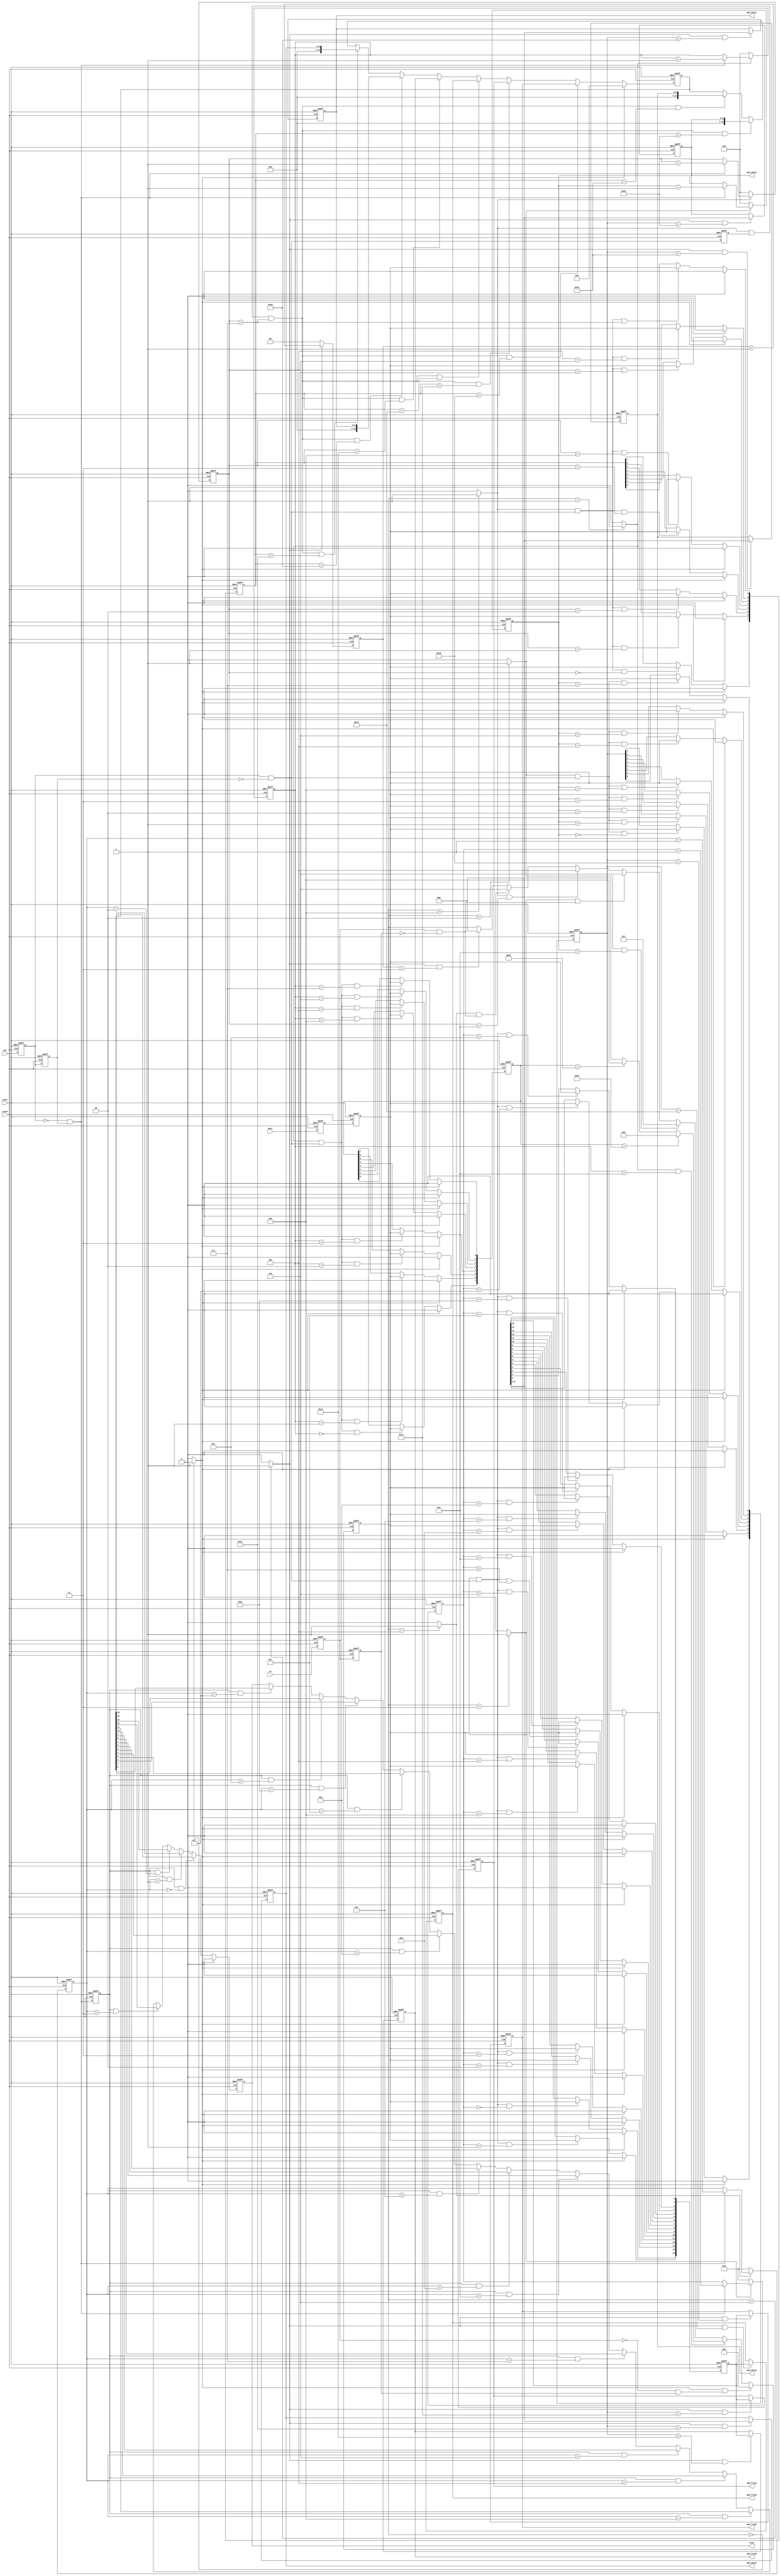
`timescale 1ns / 1ps
//////////////////////////////////////////////////////////////////////////////////
// Company:
// Engineer:
//
// Design Name:
// Module Name: spi_slave
// Project Name:
// Target Devices:
// Tool Versions:
// Description:
//
// Dependencies:
//
// Revision:
// Revision 0.01 - File Created
// Additional Comments:
//
//////////////////////////////////////////////////////////////////////////////////

`define		rPWM_FREQ1		8'h10
`define		rPWM_FREQ2		8'h11
`define		rPWM_FREQ3		8'h12
`define		rPWM_FREQ4		8'h13

`define		rPWM_DUTY1		8'h20
`define		rPWM_DUTY2		8'h21
`define		rPWM_DUTY3		8'h22
`define		rPWM_DUTY4		8'h23

module spi_slave
  (
   reset     ,
   clock     ,
   ss        ,
   sck       ,
   mosi      ,
   miso      ,

   pwm_freq1 ,
   pwm_freq2 ,
   pwm_freq3 ,
   pwm_freq4 ,
   pwm_duty1 ,
   pwm_duty2 ,
   pwm_duty3 ,
   pwm_duty4
   );

   input		reset ;
   input		clock ;
   input		ss    ;
   input		sck   ;
   input		mosi  ;
   output		miso  ;
   output [15:0]	pwm_freq1, pwm_freq2, pwm_freq3, pwm_freq4 ;
   output [6:0]		pwm_duty1, pwm_duty2, pwm_duty3, pwm_duty4 ;

   parameter		CHIP_IDW   = 8'h64 ;
   parameter		CHIP_IDR   = 8'h65 ;

   // -------------------------------------------------------------
   // 1) define state
   parameter		IDLE      = 3'd0 ;
   parameter		SLAVEID   = 3'd1 ;
   parameter		WADDR     = 3'd2 ;
   parameter		WDATA	  = 3'd3 ;
   parameter		RADDR     = 3'd4 ;
   parameter		RDATA     = 3'd5 ;
   parameter		DONE      = 3'd6 ;

   // -------------------------------------------------------------
   // 2) state flag
   reg [2:0]		s_state;
   wire			s_idle     = (s_state == IDLE    ) ? 1'b1 : 1'b0;
   wire			s_slaveid  = (s_state == SLAVEID ) ? 1'b1 : 1'b0;
   wire			s_waddr    = (s_state == WADDR   ) ? 1'b1 : 1'b0;
   wire			s_wdata    = (s_state == WDATA   ) ? 1'b1 : 1'b0;
   wire			s_raddr    = (s_state == RADDR   ) ? 1'b1 : 1'b0;
   wire			s_rdata    = (s_state == RDATA   ) ? 1'b1 : 1'b0;
   wire			s_done     = (s_state == DONE    ) ? 1'b1 : 1'b0;

   // -------------------------------------------------------------
   // 3) code implementation
   reg			ss_1d, ss_2d ;
   wire			ss_pedge =  ss_1d & ~ss_2d;
   wire			ss_nedge = ~ss_1d &  ss_2d;
   always @(posedge clock or negedge reset)
     begin
	if(!reset)	begin
	   ss_1d <= 1'b0;
	   ss_2d <= 1'b0;
	end
	else	begin
	   ss_1d <= ss;
	   ss_2d <= ss_1d ;
	end
     end

   reg		sck_1d, sck_2d ;
   wire		sck_pedge =  sck_1d & ~sck_2d;
   wire		sck_nedge = ~sck_1d &  sck_2d;
   always @(posedge clock or negedge reset)
     begin
	if(!reset)	begin
	   sck_1d <= 1'b0;
	   sck_2d <= 1'b0;
	end
	else	begin
	   sck_1d <= sck;
	   sck_2d <= sck_1d ;
	end
     end

   reg		mosi_1d, mosi_2d;
   always @(posedge clock or negedge reset)
     begin
	if(!reset)	begin
	   mosi_1d <= 1'b0;
	   mosi_2d <= 1'b0;
	end
	else	begin
	   mosi_1d <= mosi;
	   mosi_2d <= mosi_1d ;
	end
     end

   reg	[3:0]	sid_sckn_cnt;
   always @(posedge clock or negedge reset)
     begin
	if(!reset)	sid_sckn_cnt <= 4'b0;
	else		sid_sckn_cnt <= ~s_slaveid ? 4'b0 : sck_nedge ? (sid_sckn_cnt+1'b1) : sid_sckn_cnt ;
     end

   reg	[7:0]	slave_id;
   always @(posedge clock or negedge reset)
     begin
	if(!reset)	slave_id <= 8'b0;
	else	begin
	   slave_id[7] <= s_idle ? 1'b0 : (s_slaveid & sck_pedge & (sid_sckn_cnt==4'd0)) ? mosi_2d : slave_id[7] ;
	   slave_id[6] <= s_idle ? 1'b0 : (s_slaveid & sck_pedge & (sid_sckn_cnt==4'd1)) ? mosi_2d : slave_id[6] ;
	   slave_id[5] <= s_idle ? 1'b0 : (s_slaveid & sck_pedge & (sid_sckn_cnt==4'd2)) ? mosi_2d : slave_id[5] ;
	   slave_id[4] <= s_idle ? 1'b0 : (s_slaveid & sck_pedge & (sid_sckn_cnt==4'd3)) ? mosi_2d : slave_id[4] ;
	   slave_id[3] <= s_idle ? 1'b0 : (s_slaveid & sck_pedge & (sid_sckn_cnt==4'd4)) ? mosi_2d : slave_id[3] ;
	   slave_id[2] <= s_idle ? 1'b0 : (s_slaveid & sck_pedge & (sid_sckn_cnt==4'd5)) ? mosi_2d : slave_id[2] ;
	   slave_id[1] <= s_idle ? 1'b0 : (s_slaveid & sck_pedge & (sid_sckn_cnt==4'd6)) ? mosi_2d : slave_id[1] ;
	   slave_id[0] <= s_idle ? 1'b0 : (s_slaveid & sck_pedge & (sid_sckn_cnt==4'd7)) ? mosi_2d : slave_id[0] ;
	end
     end


   reg	[3:0]	wa_sckn_cnt;
   always @(posedge clock or negedge reset)
     begin
	if(!reset)	wa_sckn_cnt <= 4'b0;
	else		wa_sckn_cnt <= ~s_waddr ? 4'b0 : sck_nedge ? (wa_sckn_cnt+1'b1) : wa_sckn_cnt ;
     end

   reg	[7:0]	waddr;
   always @(posedge clock or negedge reset)
     begin
	if(!reset)	waddr <= 8'b0;
	else	begin
	   waddr[7] <= s_idle ? 1'b0 : (s_waddr & sck_pedge & (wa_sckn_cnt==4'd0)) ? mosi_2d : waddr[7] ;
	   waddr[6] <= s_idle ? 1'b0 : (s_waddr & sck_pedge & (wa_sckn_cnt==4'd1)) ? mosi_2d : waddr[6] ;
	   waddr[5] <= s_idle ? 1'b0 : (s_waddr & sck_pedge & (wa_sckn_cnt==4'd2)) ? mosi_2d : waddr[5] ;
	   waddr[4] <= s_idle ? 1'b0 : (s_waddr & sck_pedge & (wa_sckn_cnt==4'd3)) ? mosi_2d : waddr[4] ;
	   waddr[3] <= s_idle ? 1'b0 : (s_waddr & sck_pedge & (wa_sckn_cnt==4'd4)) ? mosi_2d : waddr[3] ;
	   waddr[2] <= s_idle ? 1'b0 : (s_waddr & sck_pedge & (wa_sckn_cnt==4'd5)) ? mosi_2d : waddr[2] ;
	   waddr[1] <= s_idle ? 1'b0 : (s_waddr & sck_pedge & (wa_sckn_cnt==4'd6)) ? mosi_2d : waddr[1] ;
	   waddr[0] <= s_idle ? 1'b0 : (s_waddr & sck_pedge & (wa_sckn_cnt==4'd7)) ? mosi_2d : waddr[0] ;
	end
     end


   reg	[4:0]	wd_sckn_cnt;
   always @(posedge clock or negedge reset)
     begin
	if(!reset)	wd_sckn_cnt <= 5'b0;
	else		wd_sckn_cnt <= ~s_wdata ? 5'b0 : sck_nedge ? (wd_sckn_cnt+1'b1) : wd_sckn_cnt ;
     end

   reg	[15:0]	wdata;
   always @(posedge clock or negedge reset)
     begin
	if(!reset)	wdata <= 16'b0;
	else	begin
	   wdata[15] <= s_idle ? 1'b0 : (s_wdata & sck_pedge & (wd_sckn_cnt==5'd0 )) ? mosi_2d : wdata[15] ;
	   wdata[14] <= s_idle ? 1'b0 : (s_wdata & sck_pedge & (wd_sckn_cnt==5'd1 )) ? mosi_2d : wdata[14] ;
	   wdata[13] <= s_idle ? 1'b0 : (s_wdata & sck_pedge & (wd_sckn_cnt==5'd2 )) ? mosi_2d : wdata[13] ;
	   wdata[12] <= s_idle ? 1'b0 : (s_wdata & sck_pedge & (wd_sckn_cnt==5'd3 )) ? mosi_2d : wdata[12] ;
	   wdata[11] <= s_idle ? 1'b0 : (s_wdata & sck_pedge & (wd_sckn_cnt==5'd4 )) ? mosi_2d : wdata[11] ;
	   wdata[10] <= s_idle ? 1'b0 : (s_wdata & sck_pedge & (wd_sckn_cnt==5'd5 )) ? mosi_2d : wdata[10] ;
	   wdata[9]  <= s_idle ? 1'b0 : (s_wdata & sck_pedge & (wd_sckn_cnt==5'd6 )) ? mosi_2d : wdata[9]  ;
	   wdata[8]  <= s_idle ? 1'b0 : (s_wdata & sck_pedge & (wd_sckn_cnt==5'd7 )) ? mosi_2d : wdata[8]  ;
	   wdata[7]  <= s_idle ? 1'b0 : (s_wdata & sck_pedge & (wd_sckn_cnt==5'd8 )) ? mosi_2d : wdata[7]  ;
	   wdata[6]  <= s_idle ? 1'b0 : (s_wdata & sck_pedge & (wd_sckn_cnt==5'd9 )) ? mosi_2d : wdata[6]  ;
	   wdata[5]  <= s_idle ? 1'b0 : (s_wdata & sck_pedge & (wd_sckn_cnt==5'd10)) ? mosi_2d : wdata[5]  ;
	   wdata[4]  <= s_idle ? 1'b0 : (s_wdata & sck_pedge & (wd_sckn_cnt==5'd11)) ? mosi_2d : wdata[4]  ;
	   wdata[3]  <= s_idle ? 1'b0 : (s_wdata & sck_pedge & (wd_sckn_cnt==5'd12)) ? mosi_2d : wdata[3]  ;
	   wdata[2]  <= s_idle ? 1'b0 : (s_wdata & sck_pedge & (wd_sckn_cnt==5'd13)) ? mosi_2d : wdata[2]  ;
	   wdata[1]  <= s_idle ? 1'b0 : (s_wdata & sck_pedge & (wd_sckn_cnt==5'd14)) ? mosi_2d : wdata[1]  ;
	   wdata[0]  <= s_idle ? 1'b0 : (s_wdata & sck_pedge & (wd_sckn_cnt==5'd15)) ? mosi_2d : wdata[0]  ;
	end
     end


   reg	[3:0]	ra_sckn_cnt;
   always @(posedge clock or negedge reset)
     begin
	if(!reset)	ra_sckn_cnt <= 4'b0;
	else		ra_sckn_cnt <= ~s_raddr ? 4'b0 : sck_nedge ? (ra_sckn_cnt+1'b1) : ra_sckn_cnt ;
     end

   reg	[7:0]	raddr;
   always @(posedge clock or negedge reset)
     begin
	if(!reset)	raddr <= 8'b0;
	else	begin
	   raddr[7] <= s_idle ? 1'b0 : (s_raddr & sck_pedge & (ra_sckn_cnt==4'd0)) ? mosi_2d : raddr[7] ;
	   raddr[6] <= s_idle ? 1'b0 : (s_raddr & sck_pedge & (ra_sckn_cnt==4'd1)) ? mosi_2d : raddr[6] ;
	   raddr[5] <= s_idle ? 1'b0 : (s_raddr & sck_pedge & (ra_sckn_cnt==4'd2)) ? mosi_2d : raddr[5] ;
	   raddr[4] <= s_idle ? 1'b0 : (s_raddr & sck_pedge & (ra_sckn_cnt==4'd3)) ? mosi_2d : raddr[4] ;
	   raddr[3] <= s_idle ? 1'b0 : (s_raddr & sck_pedge & (ra_sckn_cnt==4'd4)) ? mosi_2d : raddr[3] ;
	   raddr[2] <= s_idle ? 1'b0 : (s_raddr & sck_pedge & (ra_sckn_cnt==4'd5)) ? mosi_2d : raddr[2] ;
	   raddr[1] <= s_idle ? 1'b0 : (s_raddr & sck_pedge & (ra_sckn_cnt==4'd6)) ? mosi_2d : raddr[1] ;
	   raddr[0] <= s_idle ? 1'b0 : (s_raddr & sck_pedge & (ra_sckn_cnt==4'd7)) ? mosi_2d : raddr[0] ;
	end
     end


   reg	[4:0]	rd_sckn_cnt;
   always @(posedge clock or negedge reset)
     begin
	if(!reset) rd_sckn_cnt <= 5'b0;
	else	   rd_sckn_cnt <= ~s_rdata ? 5'b0 : sck_nedge ? (rd_sckn_cnt+1'b1) : rd_sckn_cnt ;
     end

   reg		sck_nedge_1d;
   always @(posedge clock or negedge reset)
     begin
	if(!reset)	sck_nedge_1d <= 1'b0;
	else		sck_nedge_1d <= sck_nedge;
     end

   reg		sck_pedge_1d;
   always @(posedge clock or negedge reset)
     begin
	if(!reset)	sck_pedge_1d <= 1'b0;
	else		sck_pedge_1d <= sck_pedge;
     end


   reg	[15:0]	rdata;
   reg		miso;
   always @(posedge clock or negedge reset)
     begin
	if(!reset)	miso <= 1'b0;
	else		miso <=  s_idle ? 1'b0 :
				 (sck_nedge_1d & (rd_sckn_cnt==5'd0 )) ? rdata[15] :
				 (sck_nedge_1d & (rd_sckn_cnt==5'd1 )) ? rdata[14] :
				 (sck_nedge_1d & (rd_sckn_cnt==5'd2 )) ? rdata[13] :
				 (sck_nedge_1d & (rd_sckn_cnt==5'd3 )) ? rdata[12] :
				 (sck_nedge_1d & (rd_sckn_cnt==5'd4 )) ? rdata[11] :
				 (sck_nedge_1d & (rd_sckn_cnt==5'd5 )) ? rdata[10] :
				 (sck_nedge_1d & (rd_sckn_cnt==5'd6 )) ? rdata[9]  :
				 (sck_nedge_1d & (rd_sckn_cnt==5'd7 )) ? rdata[8]  :
				 (sck_nedge_1d & (rd_sckn_cnt==5'd8 )) ? rdata[7]  :
				 (sck_nedge_1d & (rd_sckn_cnt==5'd9 )) ? rdata[6]  :
				 (sck_nedge_1d & (rd_sckn_cnt==5'd10)) ? rdata[5]  :
				 (sck_nedge_1d & (rd_sckn_cnt==5'd11)) ? rdata[4]  :
				 (sck_nedge_1d & (rd_sckn_cnt==5'd12)) ? rdata[3]  :
				 (sck_nedge_1d & (rd_sckn_cnt==5'd13)) ? rdata[2]  :
				 (sck_nedge_1d & (rd_sckn_cnt==5'd14)) ? rdata[1]  :
				 (sck_nedge_1d & (rd_sckn_cnt==5'd15)) ? rdata[0]  : miso ;
     end


   reg	[1:0]	done_cnt;
   always @(posedge clock or negedge reset)
     begin
	if(!reset)	done_cnt <= 2'b0;
	else		done_cnt <= ~s_done ? 2'b0 : done_cnt+1'b1 ;
     end

   // -------------------------------------------------------------
   // 4) state transition
   always @(posedge clock or negedge reset)
     begin
	if(!reset)	begin
	   s_state <= 3'h0;
	end
	else	begin
	   s_state <= (s_idle    &  ss_nedge           ) ? SLAVEID :
		      (s_slaveid & (sid_sckn_cnt==4'd8)) ? ((slave_id==CHIP_IDW) ? WADDR : (slave_id==CHIP_IDR) ? RADDR : IDLE) :
		      (s_waddr   & (wa_sckn_cnt==4'd8) ) ? WDATA :
		      (s_wdata   &  ss_pedge           ) ? DONE  :
		      (s_raddr   & (ra_sckn_cnt==4'd8) ) ? RDATA :
		      (s_rdata   &  ss_pedge           ) ? DONE  :
		      (s_done    & (done_cnt==2'd3)    ) ? IDLE  : s_state ;
	end
     end

   reg  	[15:0]	pwm_freq1, pwm_freq2, pwm_freq3, pwm_freq4 ;
   reg [6:0]		pwm_duty1, pwm_duty2, pwm_duty3, pwm_duty4 ;
   always @(posedge clock or negedge reset)
     begin
	if(!reset)	begin
	   pwm_freq1    <= 16'd100;
	   pwm_freq2    <= 16'd100;
	   pwm_freq3    <= 16'd100;
	   pwm_freq4    <= 16'd100;
	   pwm_duty1    <= 7'd50;
	   pwm_duty2    <= 7'd50;
	   pwm_duty3    <= 7'd50;
	   pwm_duty4    <= 7'd50;
	end
	else	begin
	   pwm_freq1   <= (s_done & (waddr==`rPWM_FREQ1 )) ? wdata : pwm_freq1 ;
	   pwm_freq2   <= (s_done & (waddr==`rPWM_FREQ2 )) ? wdata : pwm_freq2 ;
	   pwm_freq3   <= (s_done & (waddr==`rPWM_FREQ3 )) ? wdata : pwm_freq3 ;
	   pwm_freq4   <= (s_done & (waddr==`rPWM_FREQ4 )) ? wdata : pwm_freq4 ;
	   pwm_duty1   <= (s_done & (waddr==`rPWM_DUTY1 )) ? wdata[6:0] : pwm_duty1 ;
	   pwm_duty2   <= (s_done & (waddr==`rPWM_DUTY2 )) ? wdata[6:0] : pwm_duty2 ;
	   pwm_duty3   <= (s_done & (waddr==`rPWM_DUTY3 )) ? wdata[6:0] : pwm_duty3 ;
	   pwm_duty4   <= (s_done & (waddr==`rPWM_DUTY4 )) ? wdata[6:0] : pwm_duty4 ;
	end
     end

   always @(posedge clock or negedge reset)
     begin
	if(!reset) rdata <= 16'b0;
	else	   rdata <= s_idle ? 16'b0 :
			    (s_raddr & sck_pedge_1d & (ra_sckn_cnt==4'd7) & (raddr == `rPWM_FREQ1)) ? pwm_freq1 :
			    (s_raddr & sck_pedge_1d & (ra_sckn_cnt==4'd7) & (raddr == `rPWM_FREQ2)) ? pwm_freq2 :
			    (s_raddr & sck_pedge_1d & (ra_sckn_cnt==4'd7) & (raddr == `rPWM_FREQ3)) ? pwm_freq3 :
			    (s_raddr & sck_pedge_1d & (ra_sckn_cnt==4'd7) & (raddr == `rPWM_FREQ4)) ? pwm_freq4 :
			    (s_raddr & sck_pedge_1d & (ra_sckn_cnt==4'd7) & (raddr == `rPWM_DUTY1)) ? {9'b0, pwm_duty1} :
			    (s_raddr & sck_pedge_1d & (ra_sckn_cnt==4'd7) & (raddr == `rPWM_DUTY2)) ? {9'b0, pwm_duty2} :
			    (s_raddr & sck_pedge_1d & (ra_sckn_cnt==4'd7) & (raddr == `rPWM_DUTY3)) ? {9'b0, pwm_duty3} :
			    (s_raddr & sck_pedge_1d & (ra_sckn_cnt==4'd7) & (raddr == `rPWM_DUTY4)) ? {9'b0, pwm_duty4} :
			    rdata ;
     end

endmodule